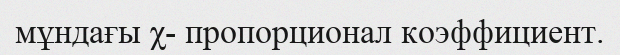
мұндағы χ- пропорционал коэффициент.